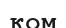
ком